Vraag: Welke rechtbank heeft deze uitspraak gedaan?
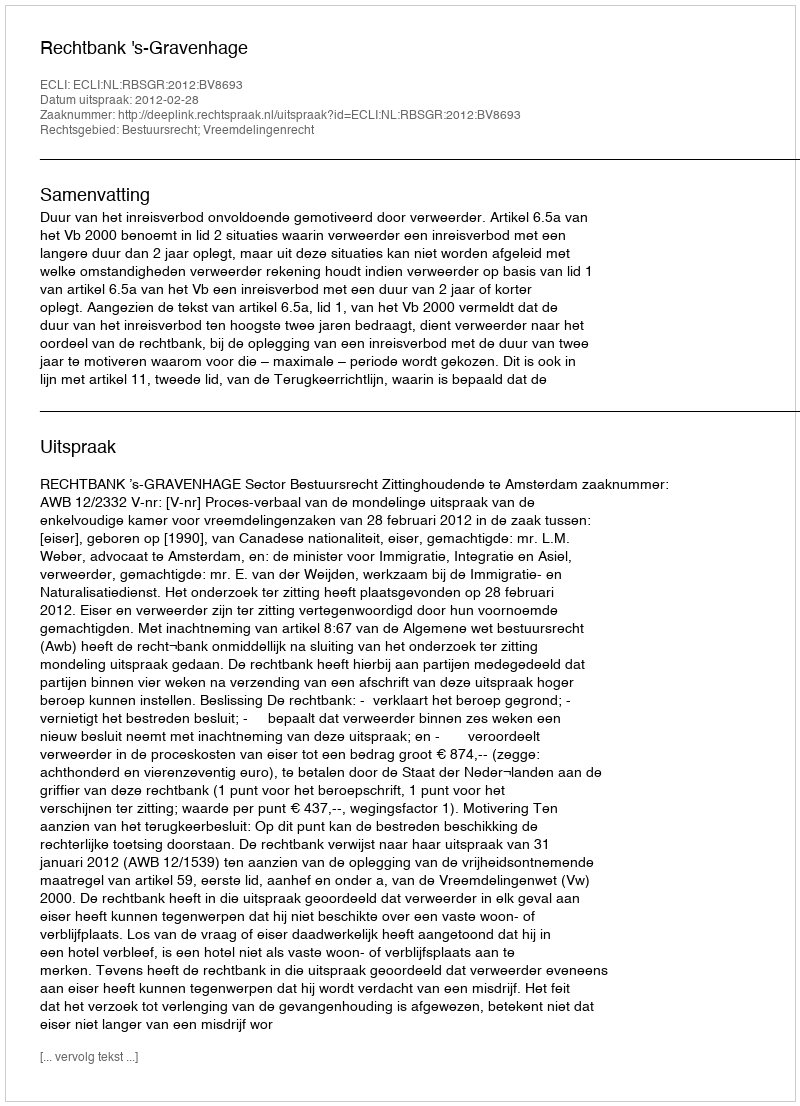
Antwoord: Rechtbank 's-Gravenhage